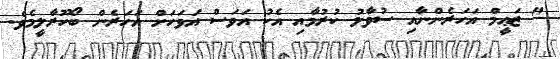
" ޒަޢީމް އަހަރެންނާއި ސުވާލު ކުރުމާއި އެކު އަވަސް އަވަހަށް އަހަރެން ބޯހޫރާލީމެވެ.